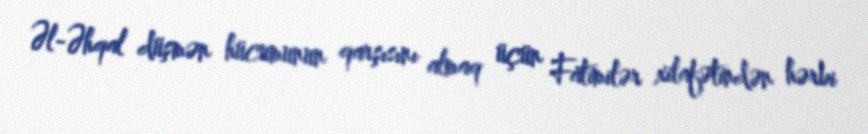
Əl-Əhqal düşmən hücumunun qarşısını almaq üçün Fatimilər xilafətindən hərbi